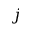
j